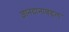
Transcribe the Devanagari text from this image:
ज्ञानदानाबद्दल